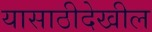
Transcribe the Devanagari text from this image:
यासाठीदेखील